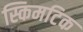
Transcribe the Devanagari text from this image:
स्किमटिक